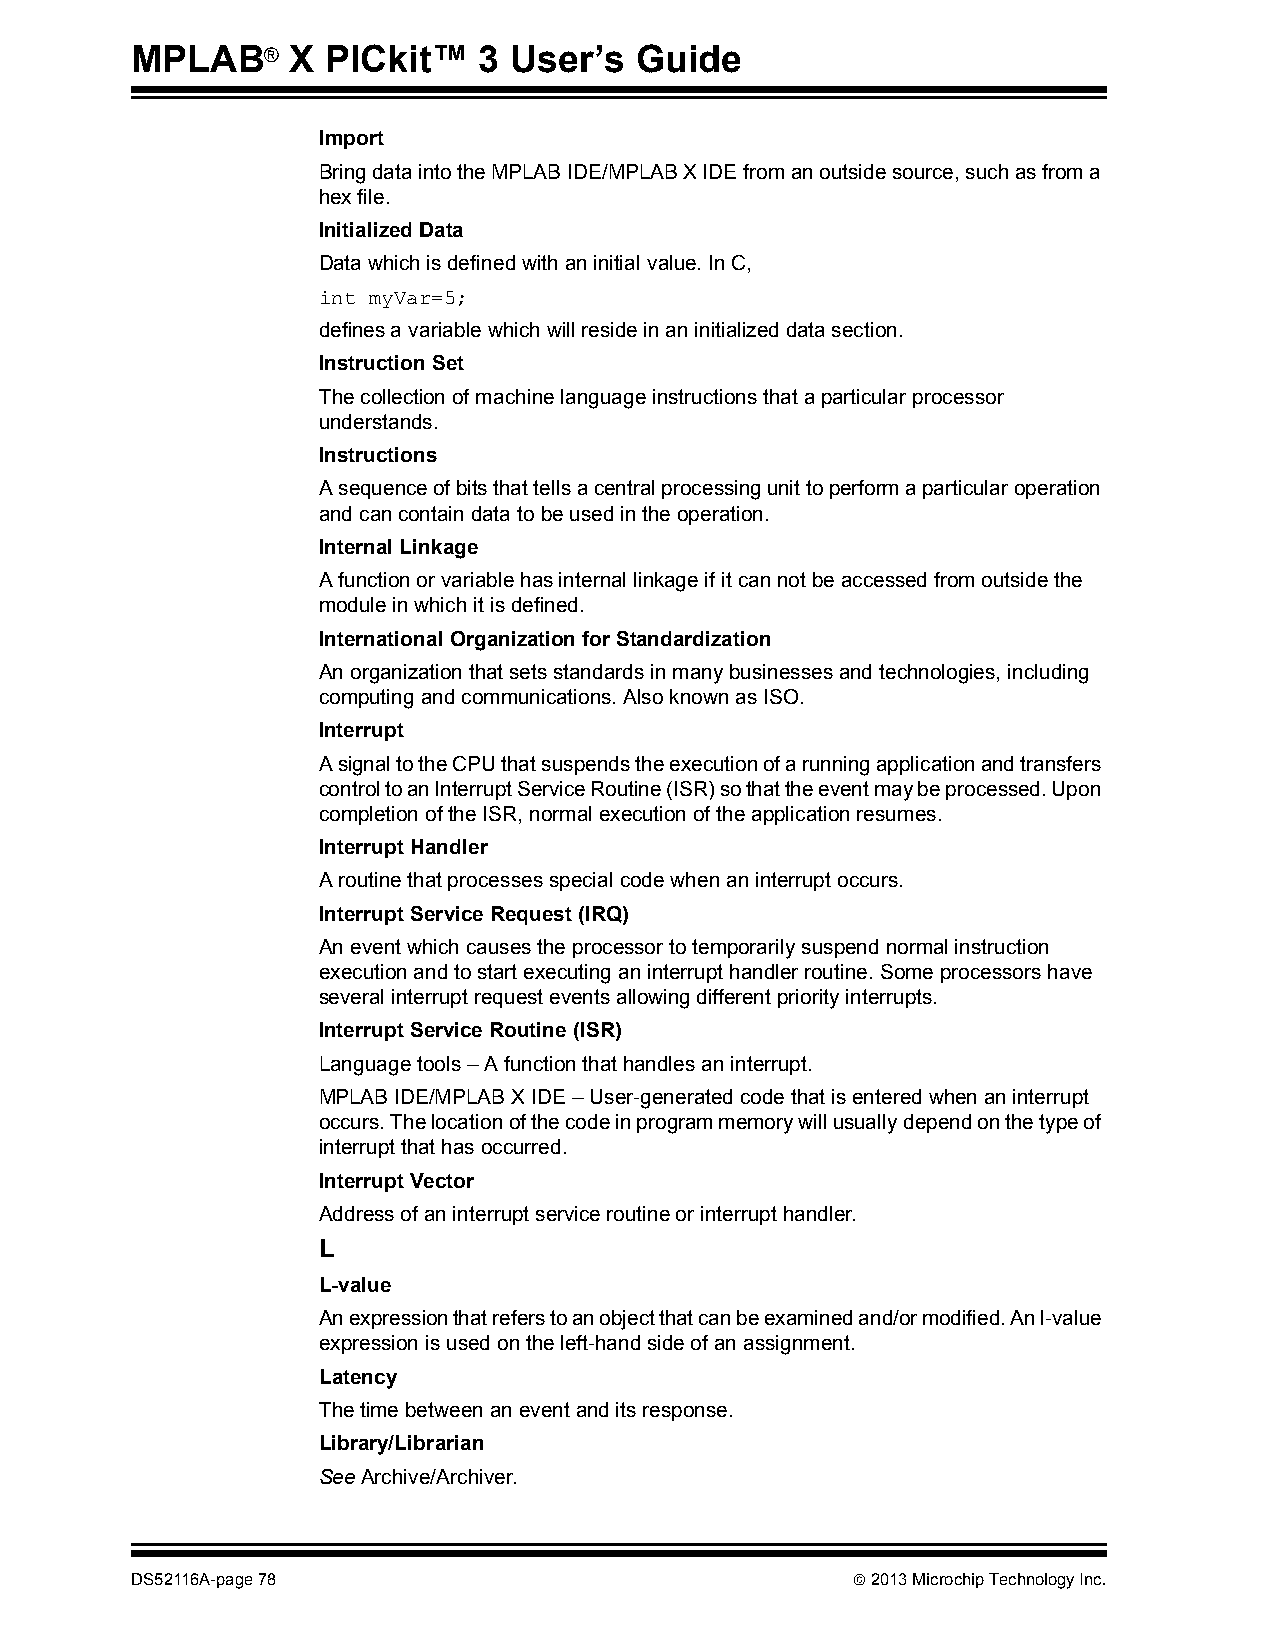
MPLAB®    X  PICkit™   3 User’s  Guide
 Import
 Bring data into the MPLAB IDE/MPLAB X IDE from an outside source, such as from a
 hex file.
 Initialized Data
 Data which is defined with an initial value. In C,
 int myVar=5;
 defines a variable which will reside in an initialized data section.
 Instruction Set
 The collection of machine language instructions that a particular processor
 understands.
 Instructions
 A sequence of bits that tells a central processing unit to perform a particular operation
 and can contain data to be used in the operation.
 Internal Linkage
 A function or variable has internal linkage if it can not be accessed from outside the
 module in which it is defined.
 International Organization for Standardization
 An organization that sets standards in many businesses and technologies, including
 computing and communications. Also known as ISO.
 Interrupt
 A signal to the CPU that suspends the execution of a running application and transfers
 control to an Interrupt Service Routine (ISR) so that the event may be processed. Upon
 completion of the ISR, normal execution of the application resumes.
 Interrupt Handler
 A routine that processes special code when an interrupt occurs.
 Interrupt Service Request (IRQ)
 An event which causes the processor to temporarily suspend normal instruction
 execution and to start executing an interrupt handler routine. Some processors have
 several interrupt request events allowing different priority interrupts.
 Interrupt Service Routine (ISR)
 Language tools – A function that handles an interrupt.
 MPLAB IDE/MPLAB X IDE – User-generated code that is entered when an interrupt
 occurs. The location of the code in program memory will usually depend on the type of
 interrupt that has occurred.
 Interrupt Vector
 Address of an interrupt service routine or interrupt handler.
 L
 L-value
 An expression that refers to an object that can be examined and/or modified. An l-value
 expression is used on the left-hand side of an assignment.
 Latency
 The time between an event and its response.
 Library/Librarian
 See Archive/Archiver.
 DS52116A-page 78                                2013 Microchip Technology Inc.